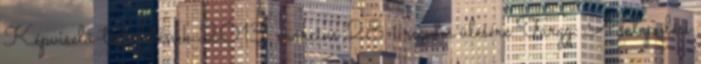
Képviselő-testületének 2013. március 28-i rendes ülésére Tárgy: A települési